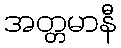
အတ္တမာနီ